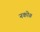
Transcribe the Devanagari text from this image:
नको॥